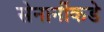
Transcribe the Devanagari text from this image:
सेनानींकडे